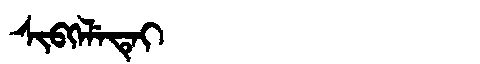
Manchu: ᠰᡳᠪᡴᡝᠯᡝᡨᡝᡳ
Romanization: SIBKELETEI